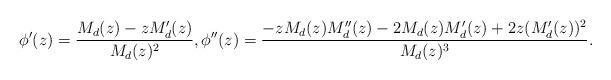
LaTeX: \begin{align*}\phi'(z) = \frac{M_d(z) - zM_d'(z)}{M_d(z)^2},\phi''(z) = \frac{-zM_d(z)M_d''(z) - 2M_d(z)M_d'(z) + 2z(M_d'(z))^2}{M_d(z)^3}.\end{align*}